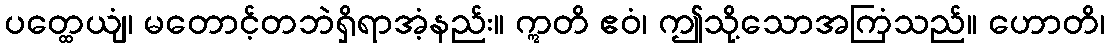
ပတ္ထေယျံ၊ မတောင့်တဘဲရှိရာအံ့နည်း။ ဣတိ ဧဝံ၊ ဤသို့သောအကြံသည်။ ဟောတိ၊